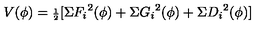
V ( \phi ) = { \scriptstyle { \frac { 1 } { 2 } } } [ \Sigma { F _ { i } } ^ { 2 } ( \phi ) + \Sigma { G _ { i } } ^ { 2 } ( \phi ) + \Sigma { D _ { i } } ^ { 2 } ( \phi ) ]